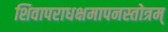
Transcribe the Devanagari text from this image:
शिवापराधक्षमापनस्तोत्रम्